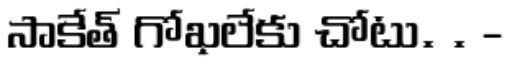
సాకేత్ గోఖలేకు చోటు. . -